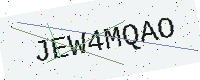
Text: JEW4MQAO